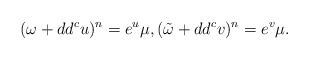
LaTeX: \begin{align*}(\omega + dd^c u)^n = e^u \mu, (\tilde \omega + dd^c v)^n = e^v \mu.\end{align*}